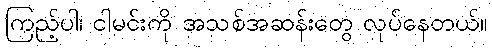
ကြည့်ပါ၊ ငါမင်းကို အသစ်အဆန်းတွေ လုပ်နေတယ်။